Annual administration and progress report of the Indian Medical Department, Bombay
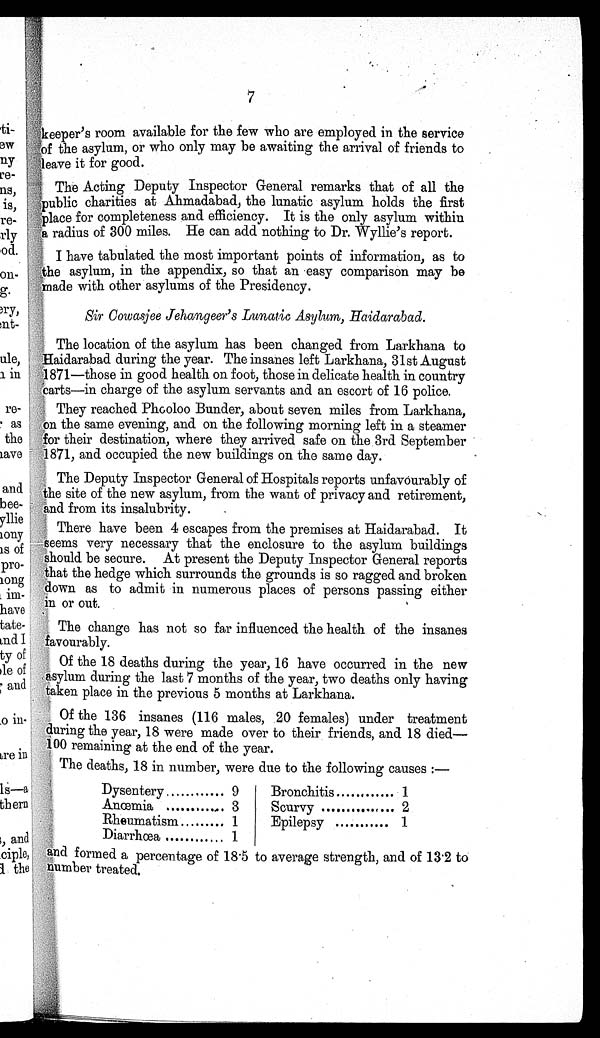
7
keeper's room available for the few who are employed in the service
of the asylum, or who only may be awaiting the arrival of friends to
leave it for good.
The Acting Deputy Inspector General remarks that of all the
public charities at Ahmadabad, the lunatic asylum holds the first
p lace for completeness and efficiency. It is the only asylum within
a radius of 300 miles. He can add nothing to Dr. Wyllie's report.
I have tabulated the most important points of information, as to
t h
e
asylum, in the appendix, so that an easy comparison may be
made with other asylums of the Presidency.
Sir Cowasjee Jehangeer's Lunatic Asylum, Haidarabad.
The location of the asylum has been changed from Larkhana to
Haidarabad during the year. The insanes left Larkhana, 31st August
1871—those in good health on foot, those in delicate health in country
carts—in charge of the asylum servants and an escort of 16 police.
They reached Phooloo Bunder, about seven miles from Larkhana,
on the same evening, and on the following morning left in a steamer
for their destination, where they arrived safe on the 3rd September
1871, and occupied the new buildings on the same day.
The Deputy Inspector General of Hospitals reports unfavourably of
the site of the new asylum, from the want of privacy and retirement,
and from its insalubrity.
There have been 4 escapes from the premises at Haidarabad. It
seems very necessary that the enclosure to the asylum buildings
should be secure. At present the Deputy Inspector General reports
that the hedge which surrounds the grounds is so ragged and broken
down as to admit in numerous places of persons passing either
in or out.
The change has not so far influenced the health of the insanes
favourably.
Of the 18 deaths during the year, 16 have occurred in the new
asylum during the last 7 months of the year, two deaths only having
taken place in the previous 5 months at Larkhana.
Of the 136 insanes (116 males, 20 females) under treatment
during the year, 18 were made over to their friends, and 18 died—
100 remaining at the end of the year.
The deaths, 18 in number, were due to the following causes:—
Dysentery............ 9
Bronchitis............ 1
Anœmia............ 3
Scurvy ............... 2
Rheumatism .........1
Epilepsy ........... 1
Diarrhœa ............ 1
and formed a percentage of 18.5 to average strength, and of 13.2 to
number treated.